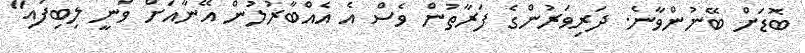
ބޮޑަށް ބޭނުންވާނެ. ދަރިވަރުންގެ ފަރާތުން ވެސް އެ އެއްބާރުލުން އޭނާއަށް ވަނީ ލިބިފައި"